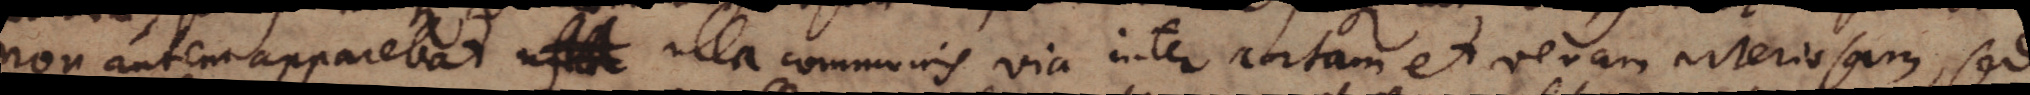
non autem apparebat uxx ulla communis via inter aortam et venam arteriosam, sed